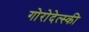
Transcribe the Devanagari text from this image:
गोरोदेत्स्की